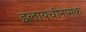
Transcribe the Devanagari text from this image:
इलायचीनामक